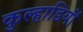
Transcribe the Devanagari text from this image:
कुल्हाडियों